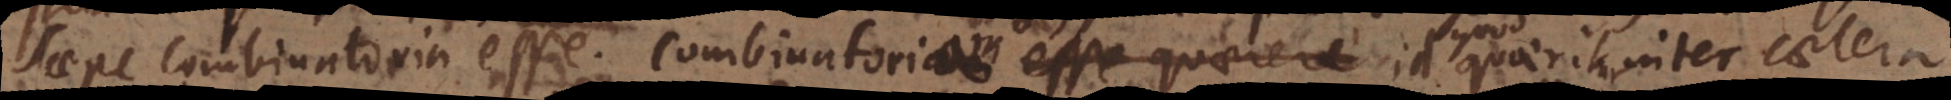
saepe combinatoria esse. Combinatoriam id quod quaeritur inter